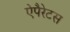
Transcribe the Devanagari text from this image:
ऐपैरेटस